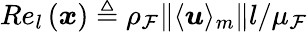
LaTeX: Re_{l}\left(\boldsymbol{x}\right)\triangleq\rho_{\mathcal{F}}\| \langle\boldsymbol{u}\rangle_{m}\| l/\mu_{\mathcal{F}}